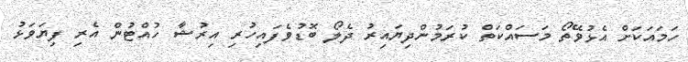
ހަމައަކަށް އެޅުވޭތޯ މަސައްކަތް ކުރަމުންދިޔައިރު ދެލޯ ބޮޑުވެފައިހުރި އިރުޝާ ހުއްޓުން އެރި ފިޔަވަޅު